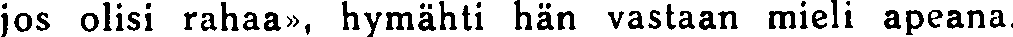
jos olisi rahaa», hymähti hän vastaan mieli apeana.